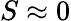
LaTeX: S\approx 0